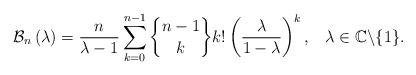
LaTeX: \begin{align*}\mathcal{B}_{n}\left( \lambda\right) =\frac{n}{\lambda-1}\sum_{k=0}^{n-1}\genfrac{\{}{\}}{0pt}{}{n-1}{k}k!\left( \frac{\lambda}{1-\lambda}\right) ^{k},\,\ \ \lambda\in\mathbb{C}\backslash\{1\}.\end{align*}